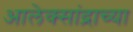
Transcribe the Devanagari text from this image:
आलेक्सांद्राच्या